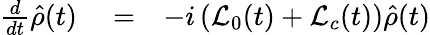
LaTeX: \begin{array}{rlr}{\frac{d}{dt}\hat{\rho}(t)}&{{}=}&{-i\left({\mathcal L}_{0}(t)+{\mathcal L}_{c}(t)\right)\hat{\rho}(t)}\end{array}